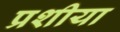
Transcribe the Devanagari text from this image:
प्रशीया